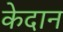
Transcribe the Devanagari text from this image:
केदान